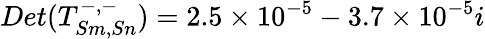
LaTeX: Det(T_{Sm,Sn}^{-,-})=2.5\times 10^{-5}-3.7\times 10^{-5}i